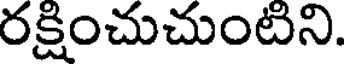
రక్షించుచుంటిని.